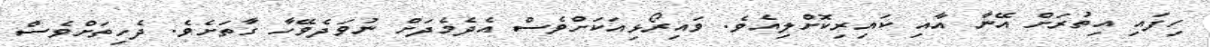
ހިފައި އިތުރަށް އޭނާ އާއި ކައިރިކޮށްލިއެވެ. ވައިރޯޅިއަކަށްވެސް އެދެމެދަށް ނުވަދެވޭހާ ގާތަށެވެ. ދެހިތަށްވެސް